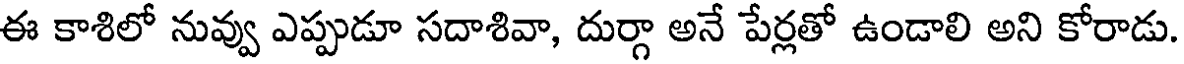
ఈ కాశిలో నువ్వు ఎప్పుడూ సదాశివా, దుర్గా అనే పేర్లతో ఉండాలి అని కోరాడు.